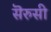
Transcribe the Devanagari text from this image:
सॆरुसी